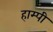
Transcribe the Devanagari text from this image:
हाम्पी